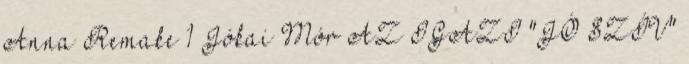
Anna Remake 1 Jókai Mór AZ IGAZI "JÓ SZÍV"